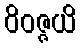
ဝိဝဇ္ဇယိ